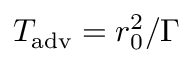
T _ { \mathrm { a d v } } = r _ { 0 } ^ { 2 } / \Gamma